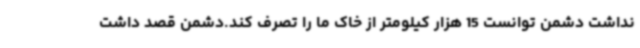
نداشت دشمن توانست 15 هزار کیلومتر از خاک ما را تصرف کند.دشمن قصد داشت